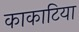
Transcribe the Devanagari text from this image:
काकाटिया